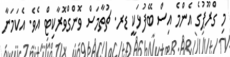
މި ގްރޫޕުގެ އެންމެ އިސް ބޭފުޅަކީ ޑރ. ޗުތާމަސް ވޮންގްވޮރާކިޓް އެވެ. އެކަމަނާ